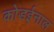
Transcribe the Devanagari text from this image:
कोडईनाल